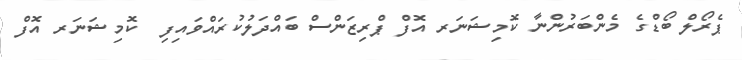
ޕެރޯލް ބޯޑްގެ މެންބަރުންނާ ކޮމިޝަނަރ އޮފް ޕްރިޒަންސް ބައްދަލުކުރައްވައިފި  ކޮމިޝަނަރ އޮފް